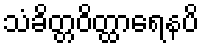
သံခိတ္တဝိတ္ထာရေနပိ